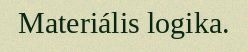
Materiális logika.